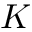
K